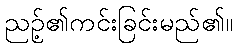
ညဉ့်၏ကင်းခြင်းမည်၏။